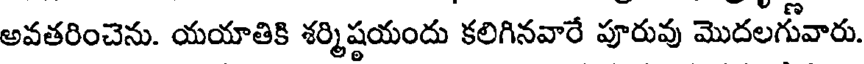
అవతరించెను. యయాతికి శర్మిషయందు కలిగినవారే పూరువు మొదలగువారు.